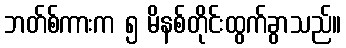
ဘတ်စ်ကားက ၅ မိနစ်တိုင်းထွက်ခွာသည်။